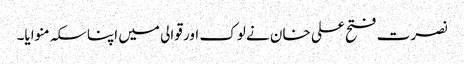
نصرت فتح علی خان نے لوک اور قوالی میں اپنا سکہ منوایا۔